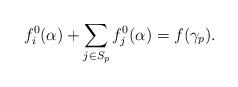
LaTeX: \begin{align*}{f}_{i}^0(\alpha) + \sum_{j \in S_{p}} {f}_{j}^0(\alpha) = f(\gamma_p).\end{align*}